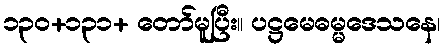
၁၃၀+၁၃၁+ တော်မူပြီး။ ပဋ္ဌမေဓမ္မဒေသနေ၊